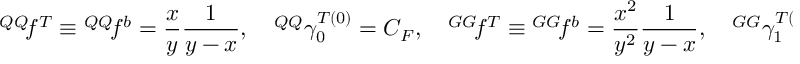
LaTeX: { ^ { Q Q } \! f ^ { T } } \equiv { ^ { Q Q } \! f ^ { b } } = \frac { x } { y } \frac { 1 } { y - x } , \quad { ^ { Q Q } \gamma _ { 0 } ^ { T ( 0 ) } } = C _ { F } , \quad { ^ { G G } \! f ^ { T } } \equiv { ^ { G G } \! f ^ { b } } = \frac { x ^ { 2 } } { y ^ { 2 } } \frac { 1 } { y - x } , \quad { ^ { G G } \gamma _ { 1 } ^ { T ( 0 ) } } = 6 C _ { A } + \beta _ { 0 } .